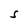
Character: S